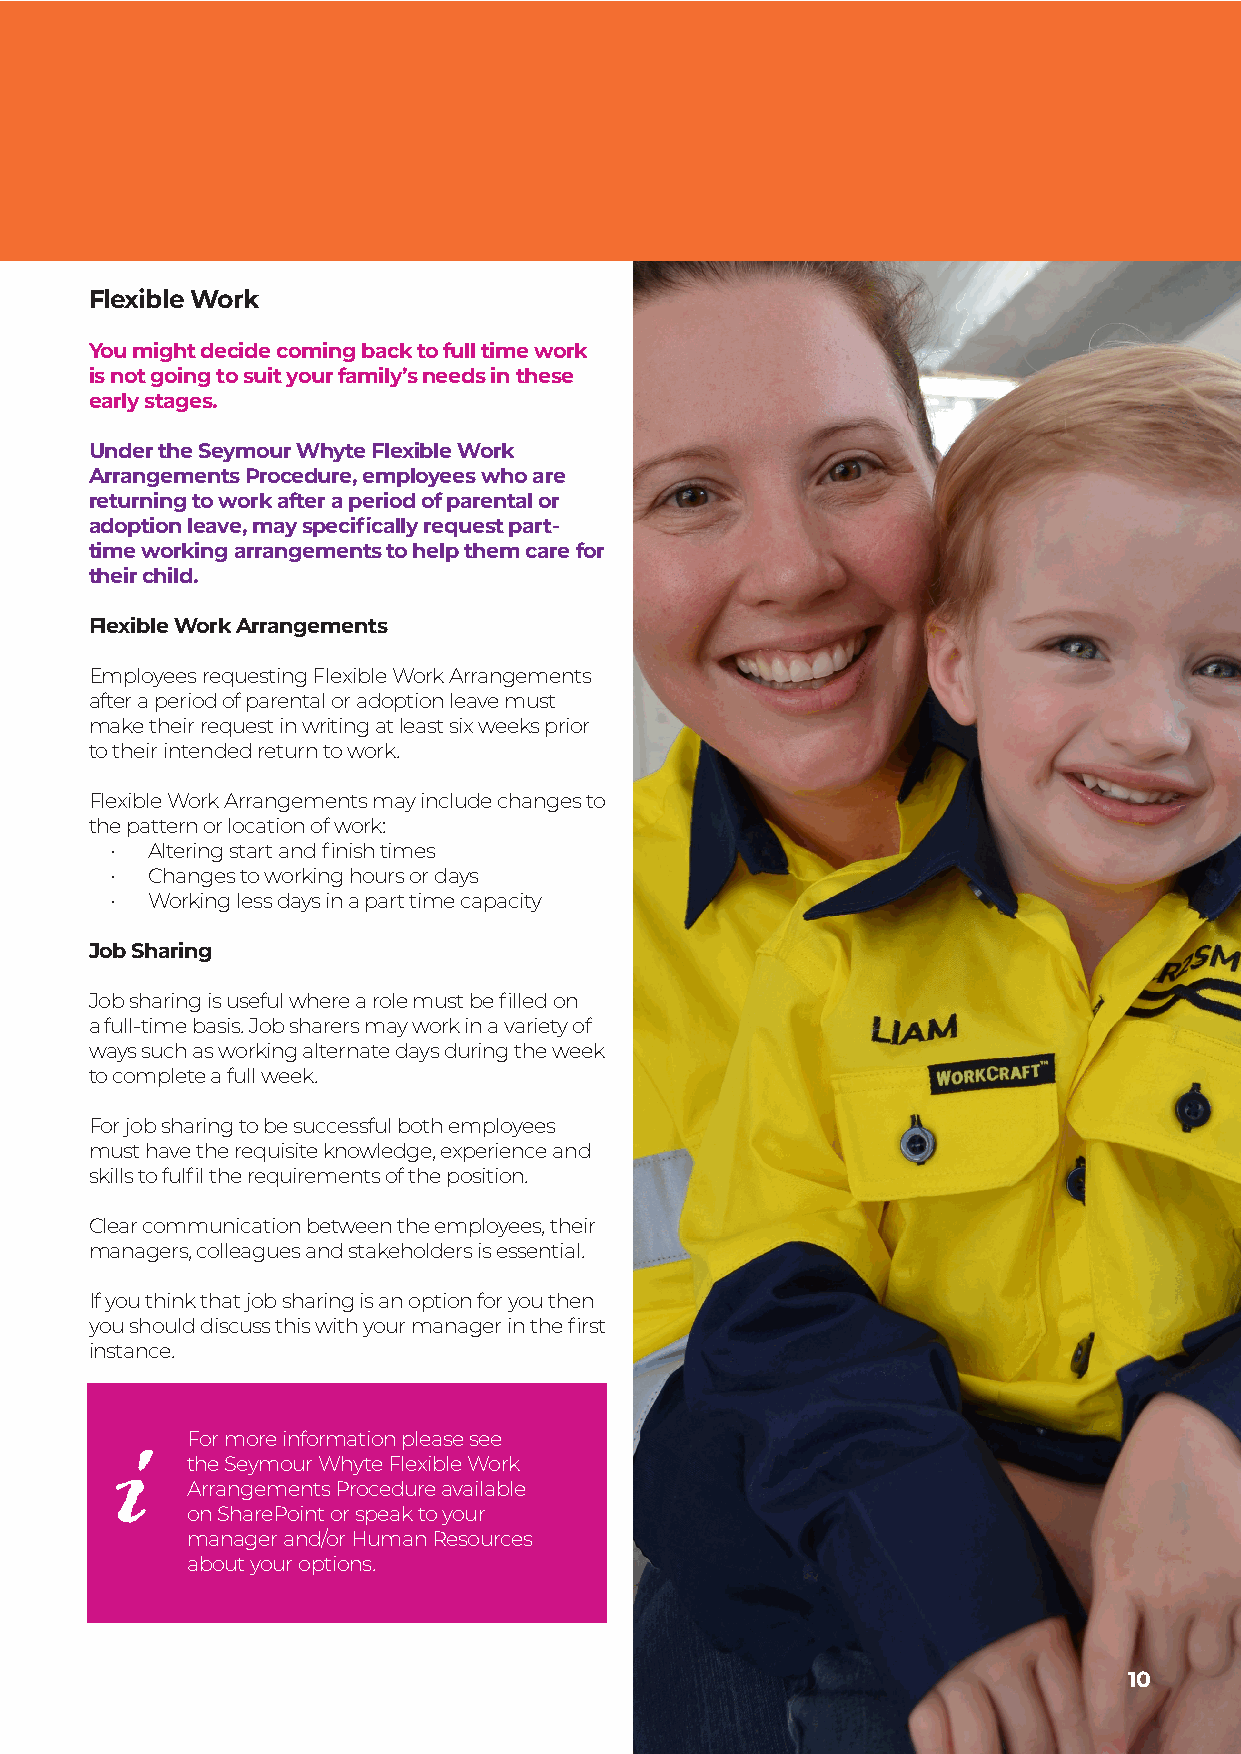
Flexible Work
 You might decide coming back to full time work
 is not going to suit your family’s needs in these
 early stages.
 Under the Seymour Whyte Flexible Work
 Arrangements Procedure, employees who are
 returning to work after a period of parental or
 adoption leave, may specifically request part-
 time working arrangements to help them care for
 their child.
 Flexible Work Arrangements
 Employees requesting Flexible Work Arrangements
 after a period of parental or adoption leave must
 make their request in writing at least six weeks prior
 to their intended return to work.
 Flexible Work Arrangements may include changes to
 the pattern or location of work:
 •  Altering start and finish times
 •  Changes to working hours or days
 •  Working less days in a part time capacity
 Job Sharing
 Job sharing is useful where a role must be filled on
 a full-time basis. Job sharers may work in a variety of
 ways such as working alternate days during the week
 to complete a full week.
 For job sharing to be successful both employees
 must have the requisite knowledge, experience and
 skills to fulfil the requirements of the position.
 Clear communication between the employees, their
 managers, colleagues and stakeholders is essential.
 If you think that job sharing is an option for you then
 you should discuss this with your manager in the first
 instance.
 i   For more information please see
 the Seymour Whyte Flexible Work
 Arrangements Procedure available
 on SharePoint or speak to your
 manager and/or Human Resources
 about your options.
 Parental Support Toolkit10